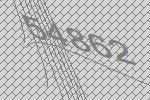
54862